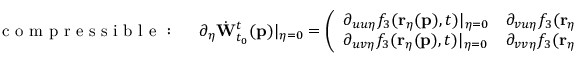
\mathrm { ~ c ~ o ~ m ~ p ~ r ~ e ~ s ~ s ~ i ~ b ~ l ~ e ~ : ~ \quad ~ } \partial _ { \eta } \dot { \mathbf { W } } _ { t _ { 0 } } ^ { t } ( \mathbf { p } ) \vert _ { \eta = 0 } = \left( \begin{array} { l l } { \partial _ { u u \eta } f _ { 3 } ( \mathbf { r } _ { \eta } ( \mathbf { p } ) , t ) \vert _ { \eta = 0 } } & { \partial _ { v u \eta } f _ { 3 } ( \mathbf { r } _ { \eta } ( \mathbf { p } ) , t ) \vert _ { \eta = 0 } } \\ { \partial _ { u v \eta } f _ { 3 } ( \mathbf { r } _ { \eta } ( \mathbf { p } ) , t ) \vert _ { \eta = 0 } } & { \partial _ { v v \eta } f _ { 3 } ( \mathbf { r } _ { \eta } ( \mathbf { p } ) , t ) \vert _ { \eta = 0 } } \end{array} \right) ,